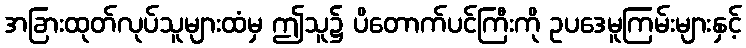
အခြားထုတ်လုပ်သူများထံမှ ဤသူ၌ ပိတောက်ပင်ကြီးကို ဥပဒေမူကြမ်းများနှင့်